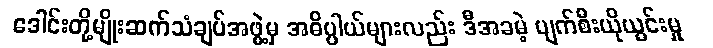
ဒေါင်းတို့မျိုးဆက်သံချပ်အဖွဲ့မှ အဓိပ္ပါယ်များလည်း ဒီအခမဲ့ ပျက်စီးယိုယွင်းမှု